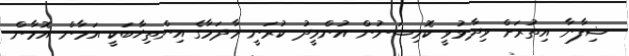
ޝިފާނާ އިތުރަށް ވިދާޅުވީ ކޮމިޝަނުން އުންމީދު ކުރަނީ މާދަމާގެ އިންތިޚާބަކީ އަމާން އޮމާން